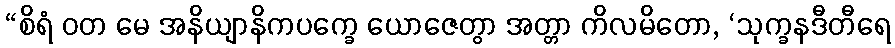
“စိရံ ဝတ မေ အနိယျာနိကပက္ခေ ယောဇေတွာ အတ္တာ ကိလမိတော, ‘သုက္ခနဒီတီရေ